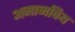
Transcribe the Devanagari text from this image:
अमानविय